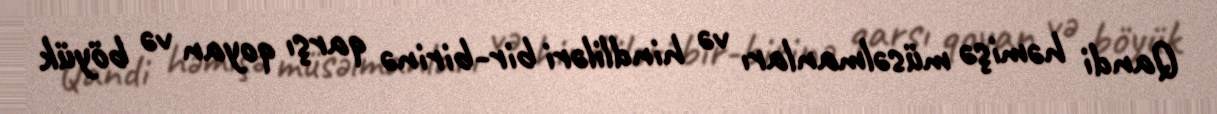
Qandi həmişə müsəlmanları və hindliləri bir-birinə qarşı qoyan və böyük